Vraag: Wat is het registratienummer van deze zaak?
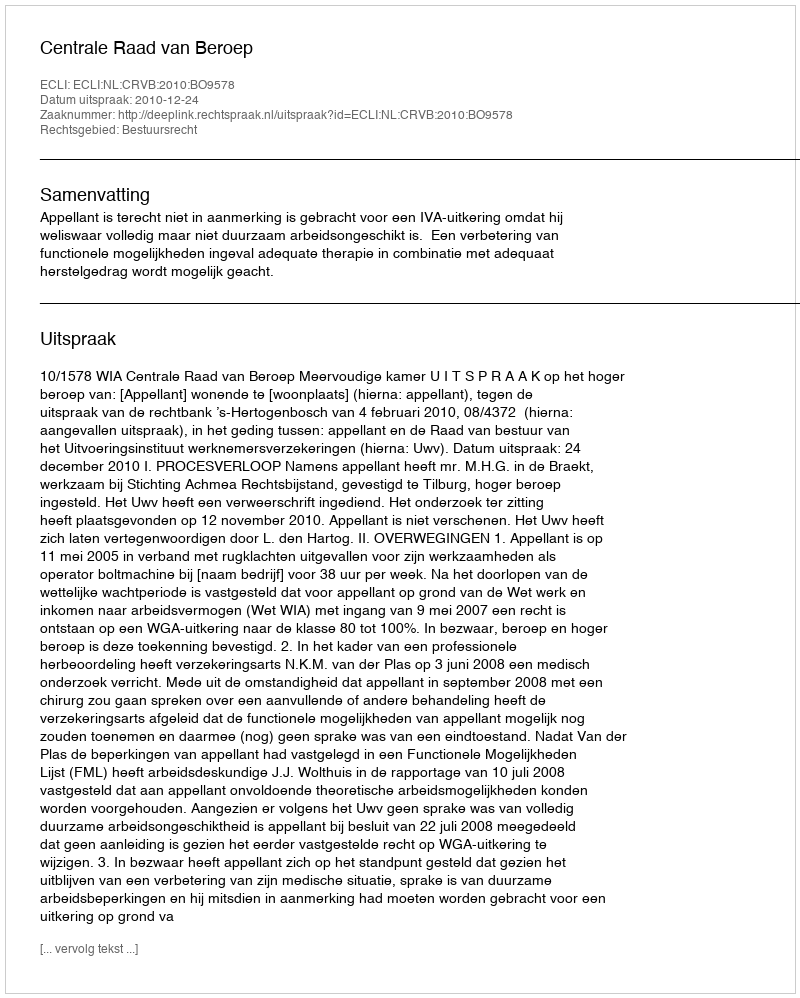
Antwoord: http://deeplink.rechtspraak.nl/uitspraak?id=ECLI:NL:CRVB:2010:BO9578